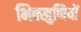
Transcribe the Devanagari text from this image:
भिक्खुणियों